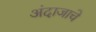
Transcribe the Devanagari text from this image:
अंदाजाचे